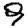
Digit: 9